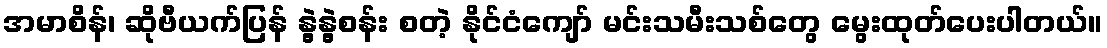
အမာစိန်၊ ဆိုဗီယက်ပြန် နွဲ့နွဲ့စန်း စတဲ့ နိုင်ငံကျော် မင်းသမီးသစ်တွေ မွေးထုတ်ပေးပါတယ်။